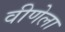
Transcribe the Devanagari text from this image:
वीणेला